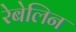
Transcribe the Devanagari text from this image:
रेबेलिन